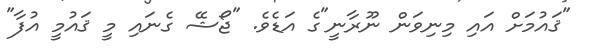
"ޤައުމަށް އައި މިނިވަން ނޫރާނީ"ގެ އަޑެވެ. "ޖޯޝޭ ގެނައި މީ ޤައުމީ އުފާ"